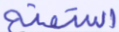
استمتع